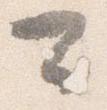
可